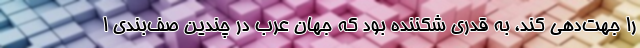
را جهت‌دهی کند، به قدری شکننده بود که جهان عرب در چندین صف‌بندی ا